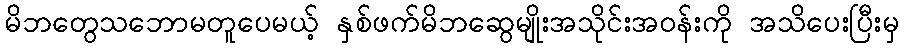
မိဘတွေသဘောမတူပေမယ့် နှစ်ဖက်မိဘဆွေမျိုးအသိုင်းအဝန်းကို အသိပေးပြီးမှ